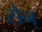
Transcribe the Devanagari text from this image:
सैन्